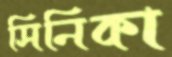
সিনিকা